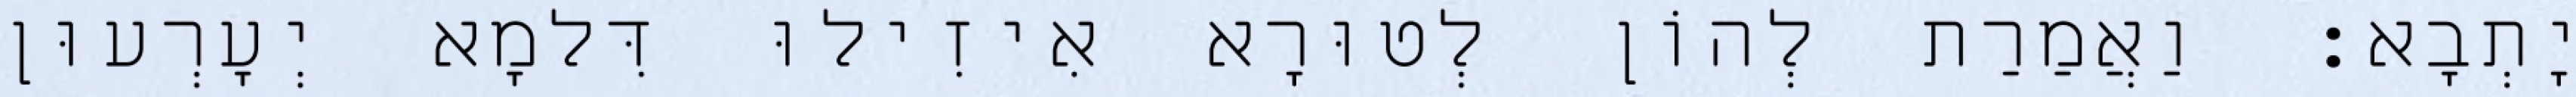
יָתְבָא׃ וַאֲמַרַת לְהוֹן לְטוּרָא אִיזִילוּ דִּלמָא יְעָרְעוּן